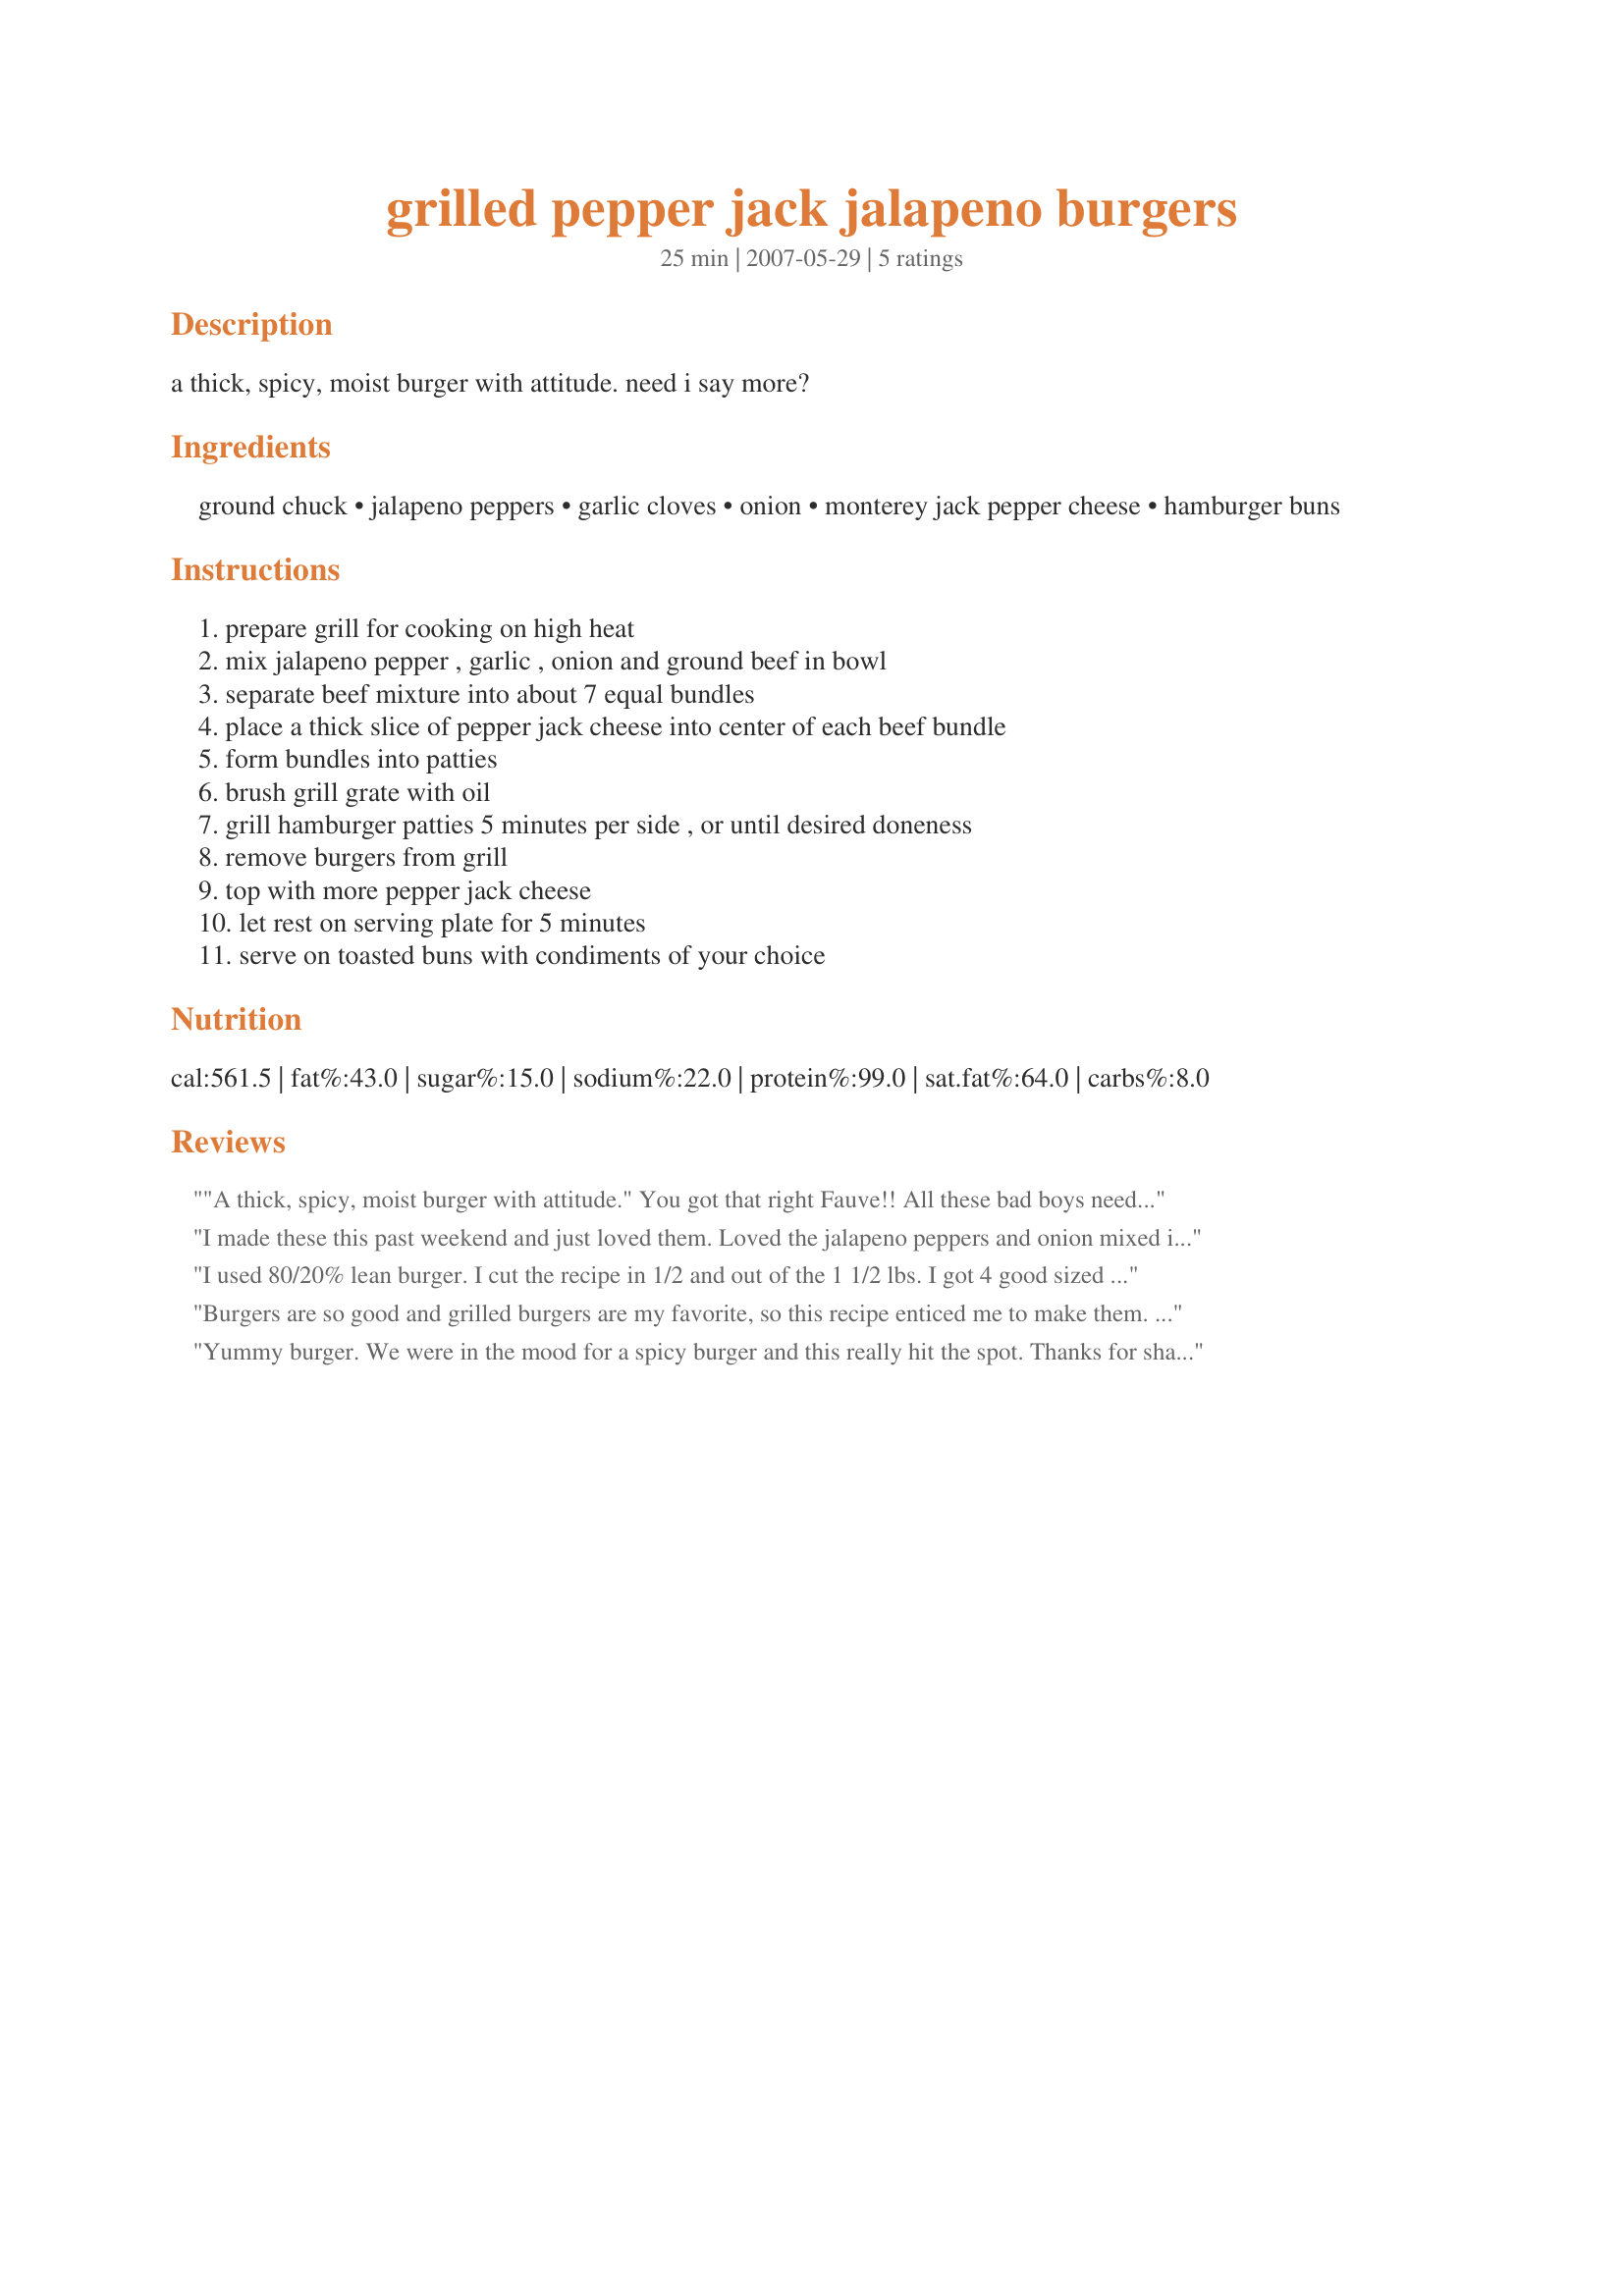
grilled pepper jack jalapeno burgers
Preparation time: 25 minutes

a thick, spicy, moist burger with attitude. need i say more?

Ingredients:
ground chuck, jalapeno peppers, garlic cloves, onion, monterey jack pepper cheese, hamburger buns

Steps:
prepare grill for cooking on high heat, mix jalapeno pepper , garlic , onion and ground beef in bowl, separate beef mixture into about 7 equal bundles, place a thick slice of pepper jack cheese into center of each beef bundle, form bundles into patties, brush grill grate with oil, grill hamburger patties 5 minutes per side , or until desired doneness, remove burgers from grill, top with more pepper jack cheese, let rest on serving plate for 5 minutes, serve on toasted buns with condiments of your choice

Reviews:
"A thick, spicy, moist burger with attitude." You got that right Fauve!! All these bad boys needed was a little fresh ground pepper and some good old kosher salt. Oh ya...
I made these this past weekend and just loved them. Loved the jalapeno peppers and onion mixed in with the meat. Had a very nice zip to it. Thanks so much for posting.
I used 80/20% lean burger. I cut the recipe in 1/2 and out of the 1 1/2 lbs. I got 4 good sized burgers. Loved the kick of the jalapenos, and with the cheese addition, I felt like I was in little Mexico :) I served with ketchup and salsa mixed together on top, and sour cream on top of that with some chopped onion. Now THIS is a burger. Awesome!!! Thanks Fauve!
Burgers are so good and grilled burgers are my favorite, so this recipe enticed me to make them. I am so glad I did! Excellent spiciness from the peppers and cheese. I will be making these when the family comes over so they can enjoy them too! They were so juicy and tender. Make sure you don't press the burgers down with the spatulda. They will lose all the juices and become dry! Thank you for posting!
Yummy burger. We were in the mood for a spicy burger and this really hit the spot. Thanks for sharing. Made for What&#039;s on the Menu tag.
